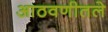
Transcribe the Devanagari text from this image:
आठवणीतले